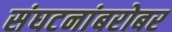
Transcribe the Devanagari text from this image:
संघटनांबरोबर